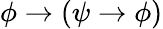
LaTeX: \phi\to\left(\psi\to\phi\right)